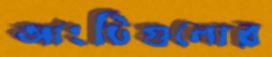
আংটিগুলোর